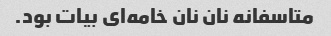
متاسفانه نان نان خامه‌ای بیات بود.